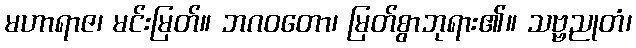
မဟာရာဇ၊ မင်းမြတ်။ ဘဂဝတော၊ မြတ်စွာဘုရား၏။ သဗ္ဗညုတံ၊